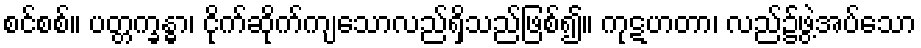
စင်စစ်။ ပတ္တက္ခန္ဓာ၊ ငိုက်ဆိုက်ကျသောလည်ရှိသည်ဖြစ်၍။ ကုဋဟတာ၊ လည်၌ဖွဲ့အပ်သော